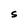
Character: S